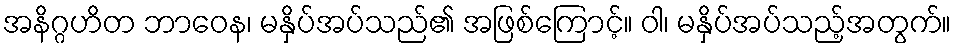
အနိဂ္ဂဟိတ ဘာဝေန၊ မနှိပ်အပ်သည်၏ အဖြစ်ကြောင့်။ ဝါ၊ မနှိပ်အပ်သည့်အတွက်။